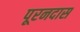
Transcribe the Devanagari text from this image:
पूरनदास